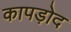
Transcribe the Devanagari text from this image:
कापड़ोद